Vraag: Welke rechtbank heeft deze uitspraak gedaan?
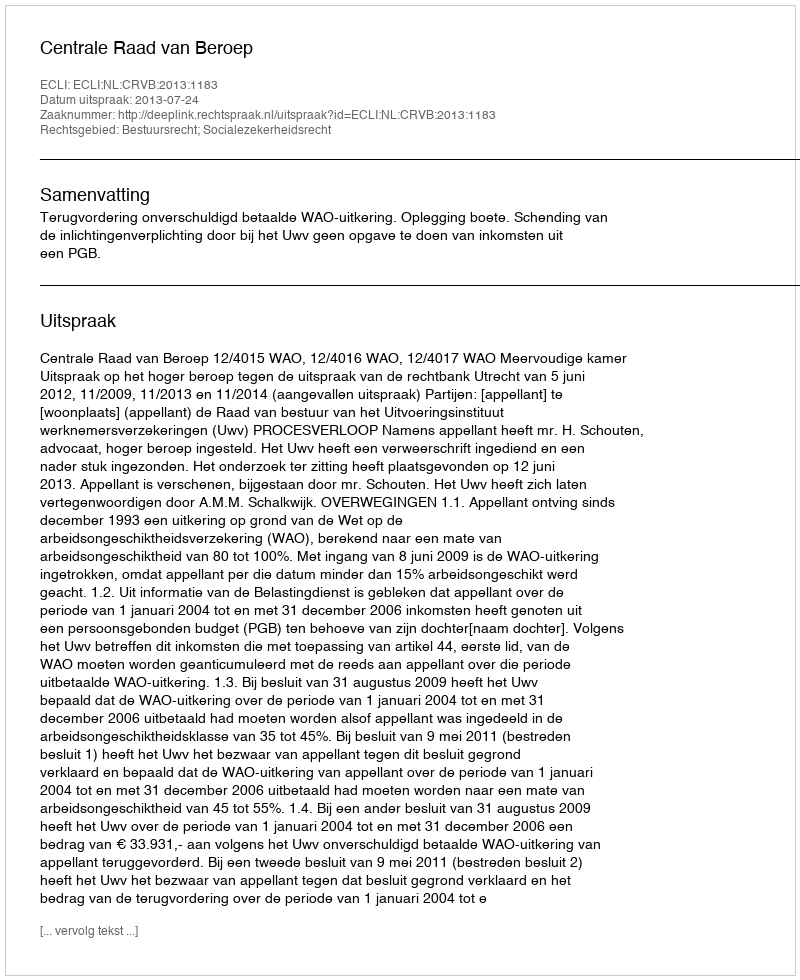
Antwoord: Centrale Raad van Beroep